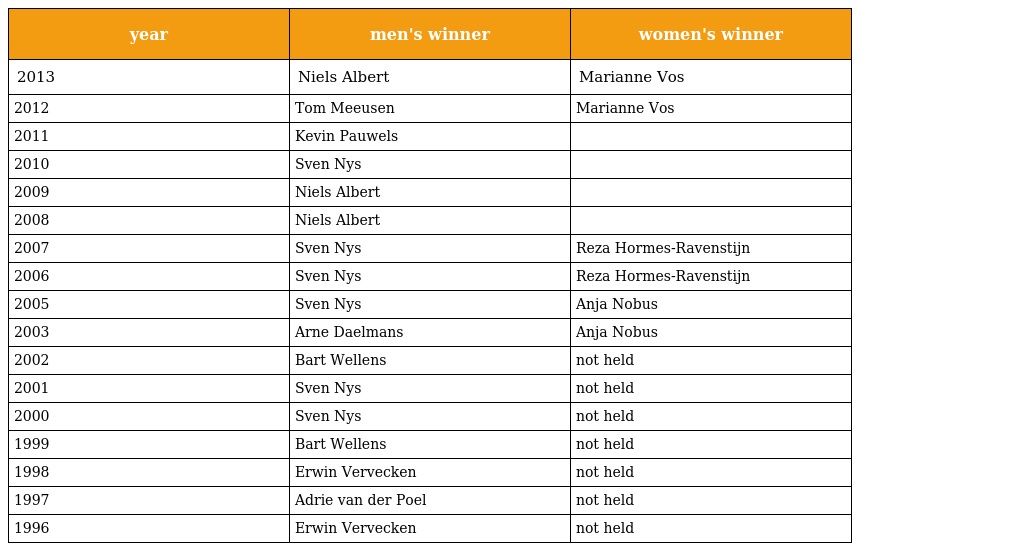
| year | men's winner | women's winner |
 | --- | --- | --- |
 | 2013 | Niels Albert | Marianne Vos |
 | 2012 | Tom Meeusen | Marianne Vos |
 | 2011 | Kevin Pauwels |  |
 | 2010 | Sven Nys |  |
 | 2009 | Niels Albert |  |
 | 2008 | Niels Albert |  |
 | 2007 | Sven Nys | Reza Hormes-Ravenstijn |
 | 2006 | Sven Nys | Reza Hormes-Ravenstijn |
 | 2005 | Sven Nys | Anja Nobus |
 | 2003 | Arne Daelmans | Anja Nobus |
 | 2002 | Bart Wellens | not held |
 | 2001 | Sven Nys | not held |
 | 2000 | Sven Nys | not held |
 | 1999 | Bart Wellens | not held |
 | 1998 | Erwin Vervecken | not held |
 | 1997 | Adrie van der Poel | not held |
 | 1996 | Erwin Vervecken | not held |